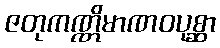
ဇတုကဏ္ဏိမာဏဝပုစ္ဆာ